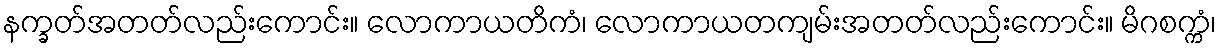
နက္ခတ်အတတ်လည်းကောင်း။ လောကာယတိကံ၊ လောကာယတကျမ်းအတတ်လည်းကောင်း။ မိဂစက္ကံ၊